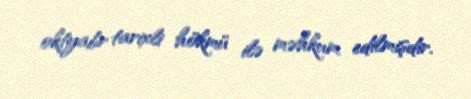
oktyabr tarixli hökmü ilə məhkum edilmişdir.